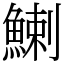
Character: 鯻